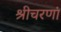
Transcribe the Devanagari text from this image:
श्रीचरणां